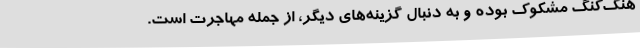
هنگ‌کنگ مشکوک بوده و به دنبال گزینه‌های دیگر، از جمله مهاجرت است.